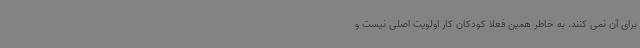
برای آن نمی کنند، به خاطر همین فعلا کودکان کار اولویت اصلی نیست و